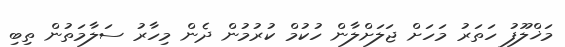
މަޚްލޫފު ހަތަރު މަހަށް ޖަލަށްލާން ހުކުމް ކުރުމުން ދެން މިހާރު ސަލާމަތުން ތިބި